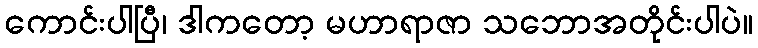
ကောင်းပါပြီ၊ ဒါကတော့ မဟာရာဇာ သဘောအတိုင်းပါပဲ။